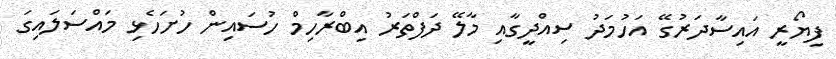
ފިޔޯރީ އައިސާދަރުގޭ އަހުމަދު ސިއްދީގާއި މާލޭ ދަފްތަރު އިބްރާހިމް ހުސައިން ހުށަހެޅި މައްސަލައިގަ